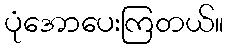
ပုံအောပေးကြတယ်။